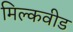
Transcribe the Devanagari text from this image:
मिल्कवीड